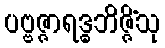
ပဗ္ဗဇ္ဇာရဒ္ဓဘိဇ္ဇိံသု